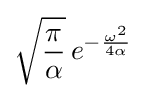
{\sqrt {\frac {\pi }{\alpha }}}\,e^{-{\frac {\omega ^{2}}{4\alpha }}}